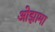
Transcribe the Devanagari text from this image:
ओझामा